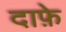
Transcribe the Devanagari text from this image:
दाफ़े